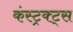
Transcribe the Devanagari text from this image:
कंस्ट्रक्ट्स